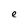
Character: e